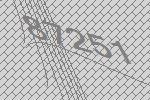
87251